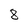
Character: 8